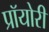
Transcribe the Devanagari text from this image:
प्रॉयोरी